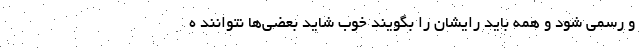
و رسمی شود و همه باید رایشان را بگویند خوب شاید بعضی‌ها نتوانند ه